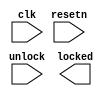
//copilot mean_prob: 0.2336938614660417
//This file was assembled by gen.py, written by redactedAuthorFirstname redactedAuthorLastname.
module power_on_lock
(
input wire clk,
input wire resetn,
input wire unlock,
output reg locked
);

//this lock register is locked (1) upon power on / resetn signal
//it is unlocked (set to 0) upon receiving the unlock signal
//-copilot next line-
//copilot mean_prob: 0.2336938614660417


reg [3:0] lock_reg;
wire state;
wire lock_out;





endmodule